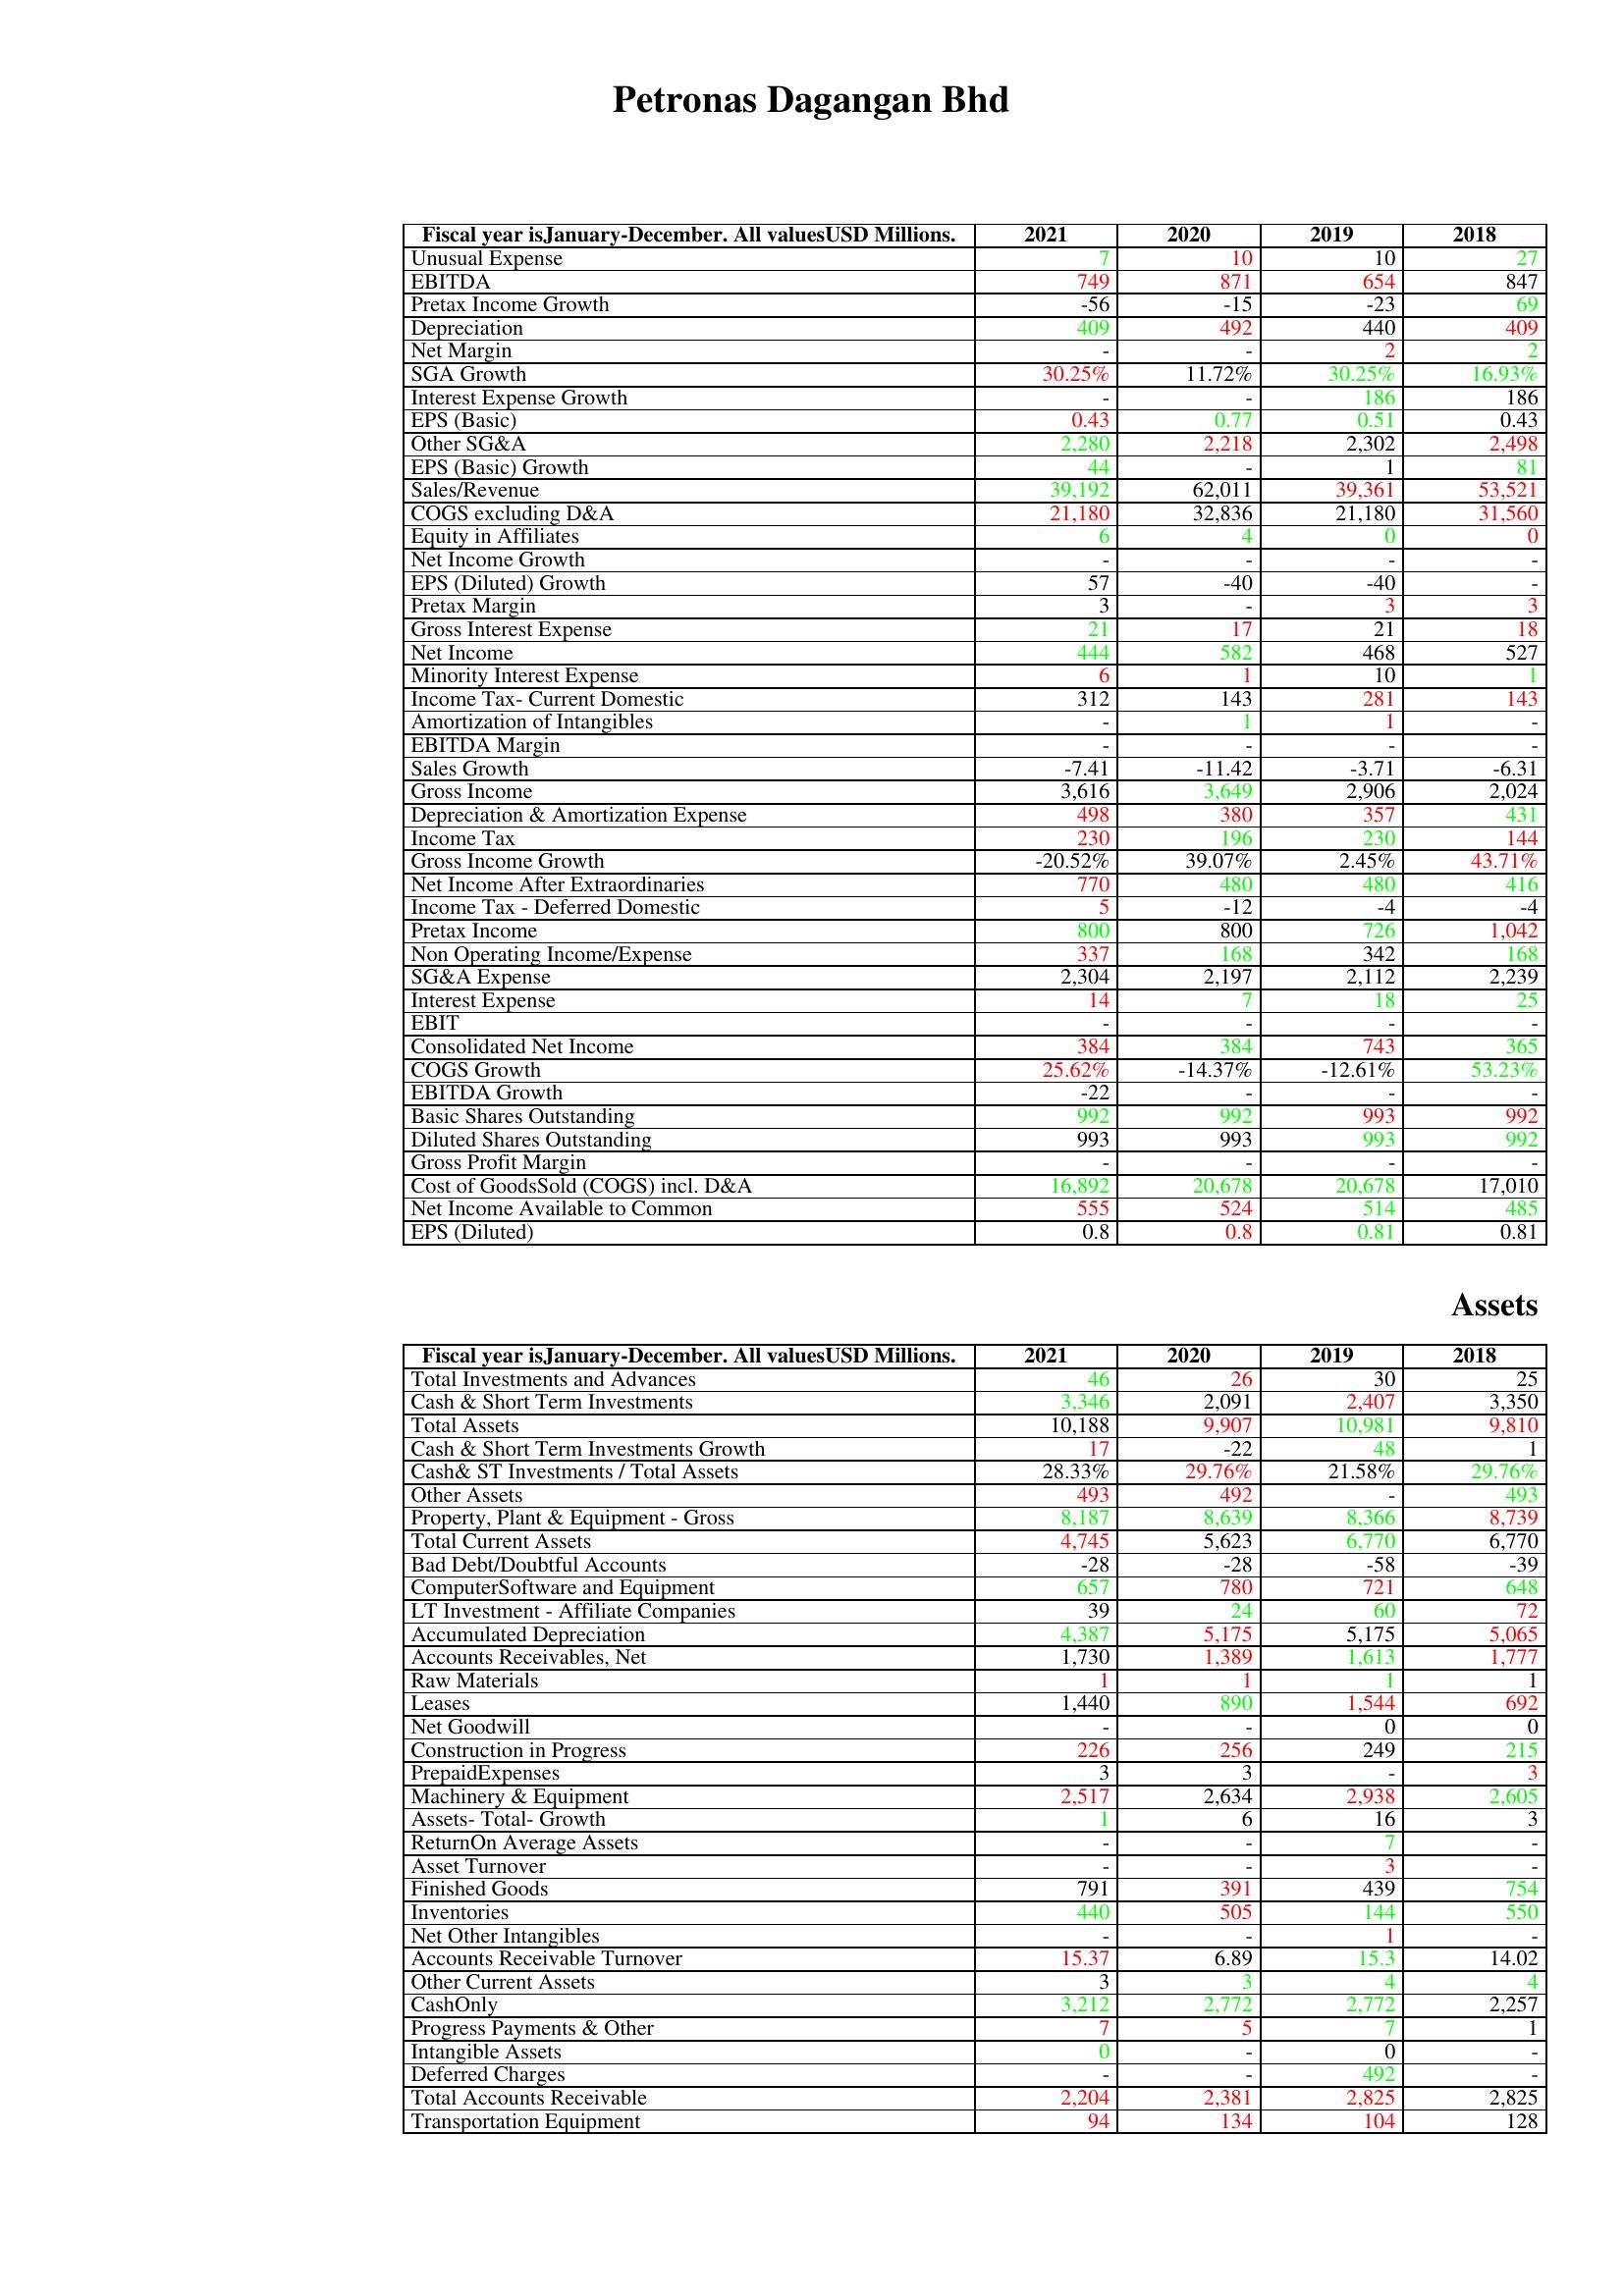
gt_parse: 2021: : Unusual Expense: 7
EBITDA: 749
Pretax Income Growth: -56
Depreciation: 409
Net Margin: -
SGA Growth: 30.25%
Interest Expense Growth: -
EPS (Basic): 0.43
Other SG&A: 2,280
EPS (Basic) Growth: 44
Sales/Revenue: 39,192
COGS excluding D&A: 21,180
Equity in Affiliates: 6
Net Income Growth: -
EPS (Diluted) Growth: 57
Pretax Margin: 3
Gross Interest Expense: 21
Net Income: 444
Minority Interest Expense: 6
Income Tax- Current Domestic: 312
Amortization of Intangibles: -
EBITDA Margin: -
Sales Growth: -7.41
Gross Income: 3,616
Depreciation & Amortization Expense: 498
Income Tax: 230
Gross Income Growth: -20.52%
Net Income After Extraordinaries: 770
Income Tax - Deferred Domestic: 5
Pretax Income: 800
Non Operating Income/Expense: 337
SG&A Expense: 2,304
Interest Expense: 14
EBIT: -
Consolidated Net Income: 384
COGS Growth: 25.62%
EBITDA Growth: -22
Basic Shares Outstanding: 992
Diluted Shares Outstanding: 993
Gross Profit Margin: -
Cost of GoodsSold (COGS) incl. D&A: 16,892
Net Income Available to Common: 555
EPS (Diluted): 0.8
Assets: Total Investments and Advances: 46
Cash & Short Term Investments: 3,346
Total Assets: 10,188
Cash & Short Term Investments Growth: 17
Cash& ST Investments / Total Assets: 28.33%
Other Assets: 493
Property, Plant & Equipment - Gross : 8,187
Total Current Assets: 4,745
Bad Debt/Doubtful Accounts: -28
ComputerSoftware and Equipment: 657
LT Investment - Affiliate Companies: 39
Accumulated Depreciation: 4,387
Accounts Receivables, Net: 1,730
Raw Materials: 1
Leases: 1,440
Net Goodwill: -
Construction in Progress: 226
PrepaidExpenses: 3
Machinery & Equipment: 2,517
Assets- Total- Growth: 1
ReturnOn Average Assets: -
Asset Turnover: -
Finished Goods: 791
Inventories: 440
Net Other Intangibles: -
Accounts Receivable Turnover: 15.37
Other Current Assets: 3
CashOnly: 3,212
Progress Payments & Other: 7
Intangible Assets: 0
Deferred Charges: -
Total Accounts Receivable: 2,204
Transportation Equipment: 94
2020: : Unusual Expense: 10
EBITDA: 871
Pretax Income Growth: -15
Depreciation: 492
Net Margin: -
SGA Growth: 11.72%
Interest Expense Growth: -
EPS (Basic): 0.77
Other SG&A: 2,218
EPS (Basic) Growth: -
Sales/Revenue: 62,011
COGS excluding D&A: 32,836
Equity in Affiliates: 4
Net Income Growth: -
EPS (Diluted) Growth: -40
Pretax Margin: -
Gross Interest Expense: 17
Net Income: 582
Minority Interest Expense: 1
Income Tax- Current Domestic: 143
Amortization of Intangibles: 1
EBITDA Margin: -
Sales Growth: -11.42
Gross Income: 3,649
Depreciation & Amortization Expense: 380
Income Tax: 196
Gross Income Growth: 39.07%
Net Income After Extraordinaries: 480
Income Tax - Deferred Domestic: -12
Pretax Income: 800
Non Operating Income/Expense: 168
SG&A Expense: 2,197
Interest Expense: 7
EBIT: -
Consolidated Net Income: 384
COGS Growth: -14.37%
EBITDA Growth: -
Basic Shares Outstanding: 992
Diluted Shares Outstanding: 993
Gross Profit Margin: -
Cost of GoodsSold (COGS) incl. D&A: 20,678
Net Income Available to Common: 524
EPS (Diluted): 0.8
Assets: Total Investments and Advances: 26
Cash & Short Term Investments: 2,091
Total Assets: 9,907
Cash & Short Term Investments Growth: -22
Cash& ST Investments / Total Assets: 29.76%
Other Assets: 492
Property, Plant & Equipment - Gross : 8,639
Total Current Assets: 5,623
Bad Debt/Doubtful Accounts: -28
ComputerSoftware and Equipment: 780
LT Investment - Affiliate Companies: 24
Accumulated Depreciation: 5,175
Accounts Receivables, Net: 1,389
Raw Materials: 1
Leases: 890
Net Goodwill: -
Construction in Progress: 256
PrepaidExpenses: 3
Machinery & Equipment: 2,634
Assets- Total- Growth: 6
ReturnOn Average Assets: -
Asset Turnover: -
Finished Goods: 391
Inventories: 505
Net Other Intangibles: -
Accounts Receivable Turnover: 6.89
Other Current Assets: 3
CashOnly: 2,772
Progress Payments & Other: 5
Intangible Assets: -
Deferred Charges: -
Total Accounts Receivable: 2,381
Transportation Equipment: 134
2019: : Unusual Expense: 10
EBITDA: 654
Pretax Income Growth: -23
Depreciation: 440
Net Margin: 2
SGA Growth: 30.25%
Interest Expense Growth: 186
EPS (Basic): 0.51
Other SG&A: 2,302
EPS (Basic) Growth: 1
Sales/Revenue: 39,361
COGS excluding D&A: 21,180
Equity in Affiliates: 0
Net Income Growth: -
EPS (Diluted) Growth: -40
Pretax Margin: 3
Gross Interest Expense: 21
Net Income: 468
Minority Interest Expense: 10
Income Tax- Current Domestic: 281
Amortization of Intangibles: 1
EBITDA Margin: -
Sales Growth: -3.71
Gross Income: 2,906
Depreciation & Amortization Expense: 357
Income Tax: 230
Gross Income Growth: 2.45%
Net Income After Extraordinaries: 480
Income Tax - Deferred Domestic: -4
Pretax Income: 726
Non Operating Income/Expense: 342
SG&A Expense: 2,112
Interest Expense: 18
EBIT: -
Consolidated Net Income: 743
COGS Growth: -12.61%
EBITDA Growth: -
Basic Shares Outstanding: 993
Diluted Shares Outstanding: 993
Gross Profit Margin: -
Cost of GoodsSold (COGS) incl. D&A: 20,678
Net Income Available to Common: 514
EPS (Diluted): 0.81
Assets: Total Investments and Advances: 30
Cash & Short Term Investments: 2,407
Total Assets: 10,981
Cash & Short Term Investments Growth: 48
Cash& ST Investments / Total Assets: 21.58%
Other Assets: -
Property, Plant & Equipment - Gross : 8,366
Total Current Assets: 6,770
Bad Debt/Doubtful Accounts: -58
ComputerSoftware and Equipment: 721
LT Investment - Affiliate Companies: 60
Accumulated Depreciation: 5,175
Accounts Receivables, Net: 1,613
Raw Materials: 1
Leases: 1,544
Net Goodwill: 0
Construction in Progress: 249
PrepaidExpenses: -
Machinery & Equipment: 2,938
Assets- Total- Growth: 16
ReturnOn Average Assets: 7
Asset Turnover: 3
Finished Goods: 439
Inventories: 144
Net Other Intangibles: 1
Accounts Receivable Turnover: 15.3
Other Current Assets: 4
CashOnly: 2,772
Progress Payments & Other: 7
Intangible Assets: 0
Deferred Charges: 492
Total Accounts Receivable: 2,825
Transportation Equipment: 104
2018: : Unusual Expense: 27
EBITDA: 847
Pretax Income Growth: 69
Depreciation: 409
Net Margin: 2
SGA Growth: 16.93%
Interest Expense Growth: 186
EPS (Basic): 0.43
Other SG&A: 2,498
EPS (Basic) Growth: 81
Sales/Revenue: 53,521
COGS excluding D&A: 31,560
Equity in Affiliates: 0
Net Income Growth: -
EPS (Diluted) Growth: -
Pretax Margin: 3
Gross Interest Expense: 18
Net Income: 527
Minority Interest Expense: 1
Income Tax- Current Domestic: 143
Amortization of Intangibles: -
EBITDA Margin: -
Sales Growth: -6.31
Gross Income: 2,024
Depreciation & Amortization Expense: 431
Income Tax: 144
Gross Income Growth: 43.71%
Net Income After Extraordinaries: 416
Income Tax - Deferred Domestic: -4
Pretax Income: 1,042
Non Operating Income/Expense: 168
SG&A Expense: 2,239
Interest Expense: 25
EBIT: -
Consolidated Net Income: 365
COGS Growth: 53.23%
EBITDA Growth: -
Basic Shares Outstanding: 992
Diluted Shares Outstanding: 992
Gross Profit Margin: -
Cost of GoodsSold (COGS) incl. D&A: 17,010
Net Income Available to Common: 485
EPS (Diluted): 0.81
Assets: Total Investments and Advances: 25
Cash & Short Term Investments: 3,350
Total Assets: 9,810
Cash & Short Term Investments Growth: 1
Cash& ST Investments / Total Assets: 29.76%
Other Assets: 493
Property, Plant & Equipment - Gross : 8,739
Total Current Assets: 6,770
Bad Debt/Doubtful Accounts: -39
ComputerSoftware and Equipment: 648
LT Investment - Affiliate Companies: 72
Accumulated Depreciation: 5,065
Accounts Receivables, Net: 1,777
Raw Materials: 1
Leases: 692
Net Goodwill: 0
Construction in Progress: 215
PrepaidExpenses: 3
Machinery & Equipment: 2,605
Assets- Total- Growth: 3
ReturnOn Average Assets: -
Asset Turnover: -
Finished Goods: 754
Inventories: 550
Net Other Intangibles: -
Accounts Receivable Turnover: 14.02
Other Current Assets: 4
CashOnly: 2,257
Progress Payments & Other: 1
Intangible Assets: -
Deferred Charges: -
Total Accounts Receivable: 2,825
Transportation Equipment: 128